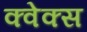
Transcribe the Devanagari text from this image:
क्वेक्स